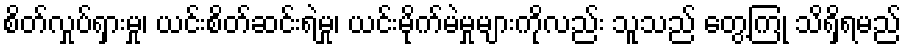
စိတ်လှုပ်ရှားမှု၊ ယင်းစိတ်ဆင်းရဲမှု၊ ယင်းမိုက်မဲမှုများကိုလည်း သူသည် တွေ့ကြုံ သိရှိရမည်